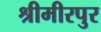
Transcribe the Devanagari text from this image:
श्रीमीरपुर